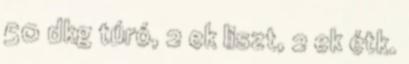
50 dkg túró, 2 ek liszt, 2 ek étk.